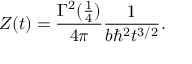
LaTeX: Z ( t ) = { \frac { \Gamma ^ { 2 } ( { \frac { 1 } { 4 } } ) } { 4 \pi } } { \frac { 1 } { b \hbar ^ { 2 } t ^ { 3 / 2 } } } .